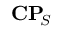
\mathbf { C P } \! _ { S }